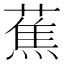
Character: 蕉